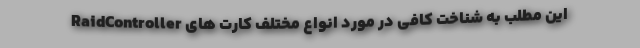
این مطلب به شناخت کافی در مورد انواع مختلف کارت های RaidController